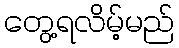
တွေ့ရလိမ့်မည်